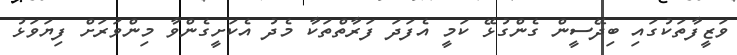
ވަޒީފާތަކުގައި ބިދޭސީން ގެންގުޅޭ ކަމީ އެފަދަ ފަރާތްތަކާ މެދު އެކަށީގެންވާ މިންވަރަށް ފިޔަވަޅު